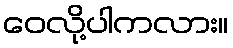
ဝေလို့ပါကလား။